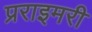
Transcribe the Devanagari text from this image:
प्रराइमरी